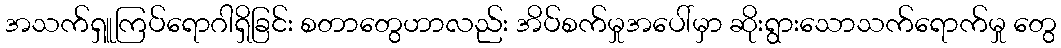
အသက်ရှူကြပ်ရောဂါရှိခြင်း စတာတွေဟာလည်း အိပ်စက်မှုအပေါ်မှာ ဆိုးရွားသောသက်ရောက်မှု တွေ